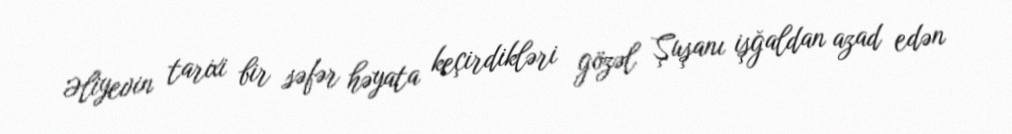
Əliyevin tarixi bir səfər həyata keçirdikləri gözəl Şuşanı işğaldan azad edən